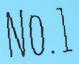
NO.1